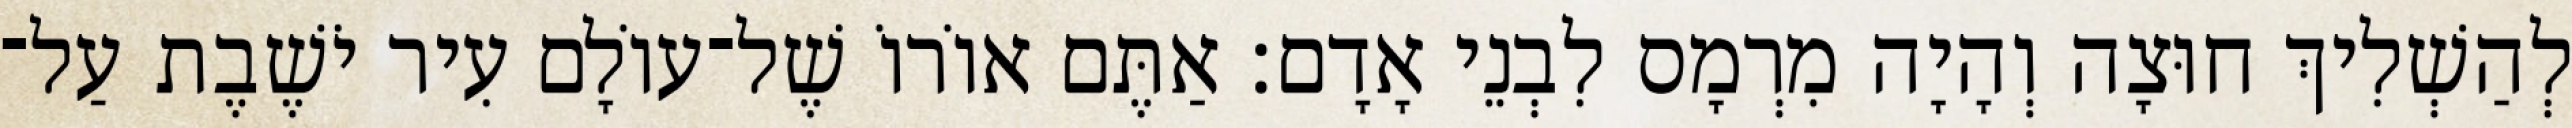
לְהַשְׁלִיךְ חוּצָה וְהָיָה מִרְמָס לִבְנֵי אָדָם׃ אַתֶּם אוֹרוֹ שֶׁל־עוֹלָם עִיר יֹשֶׁבֶת עַל־